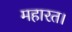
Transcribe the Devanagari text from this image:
महारत।